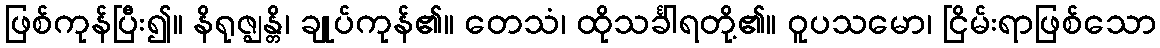
ဖြစ်ကုန်ပြီး၍။ နိရုဇ္ဈန္တိ၊ ချုပ်ကုန်၏။ တေသံ၊ ထိုသင်္ခါရတို့၏။ ဝူပသမော၊ ငြိမ်းရာဖြစ်သော